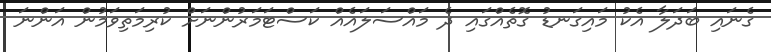
ގެނައި ބަދަލާ އެކު މައިގަނޑު ގޮތެއްގައި ދެ މައްސަލައެއް ކަސްޓަމަރުންނަށް ކުރިމަތިވަމުން އަންނަ